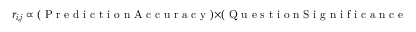
r _ { i , j } \propto \ensuremath { \left( \mathrm { ~ P ~ r ~ e ~ d ~ i ~ c ~ t ~ i ~ o ~ n ~ A ~ c ~ c ~ u ~ r ~ a ~ c ~ y ~ } \right) } \times \ensuremath { \left( \mathrm { ~ Q ~ u ~ e ~ s ~ t ~ i ~ o ~ n ~ S ~ i ~ g ~ n ~ i ~ f ~ i ~ c ~ a ~ n ~ c ~ e ~ } \right) } \times \ensuremath { \left( \mathrm { ~ C ~ o ~ n ~ s ~ e ~ n ~ s ~ u ~ s ~ o ~ n ~ R ~ e ~ s ~ u ~ l ~ t ~ } \right) } \, .